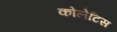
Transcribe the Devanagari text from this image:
कोलेटिस